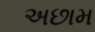
અછામ